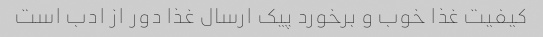
کیفیت غذا خوب و برخورد پیک ارسال غذا دور از ادب است